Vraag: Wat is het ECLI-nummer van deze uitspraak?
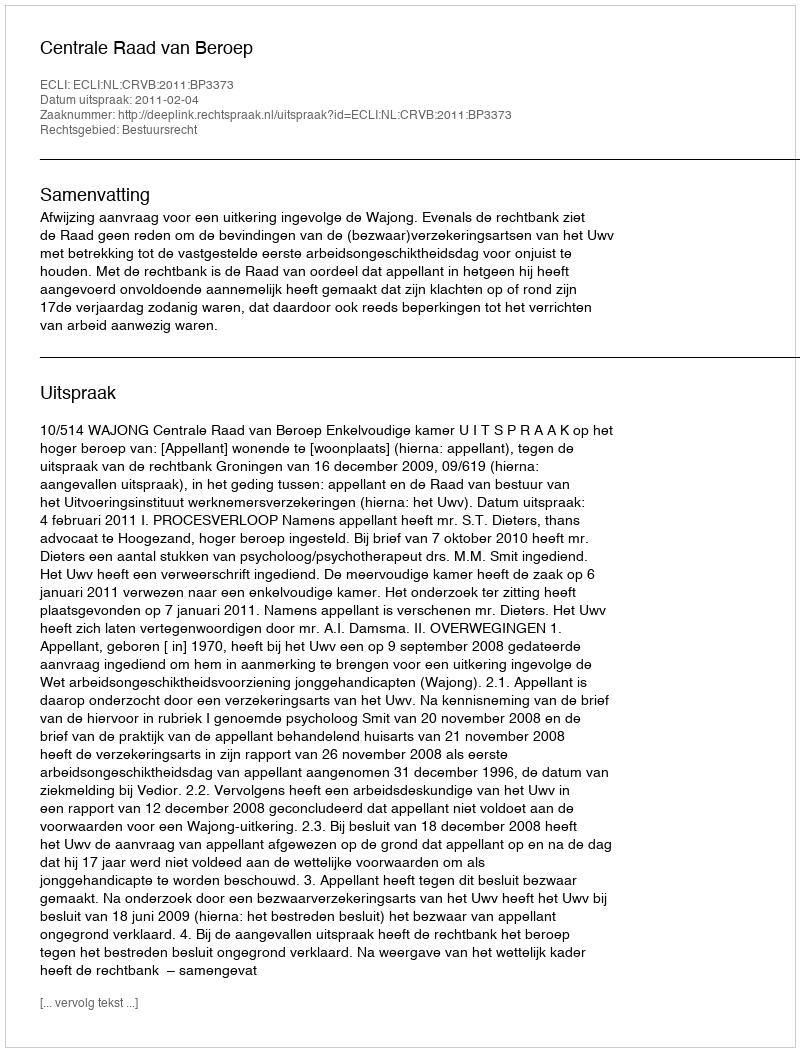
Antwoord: ECLI:NL:CRVB:2011:BP3373